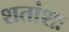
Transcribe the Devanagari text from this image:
शतांशः